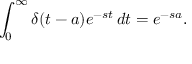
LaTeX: \int _ { 0 } ^ { \infty } \delta ( t - a ) e ^ { - s t } \, d t = e ^ { - s a } .